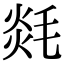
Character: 㲜